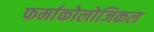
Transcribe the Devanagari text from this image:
फर्माकोलोजिकल